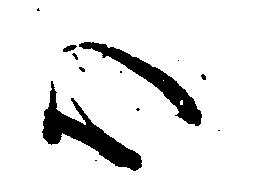
心